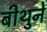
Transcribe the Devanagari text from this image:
बीथुने